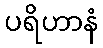
ပရိဟာနံ